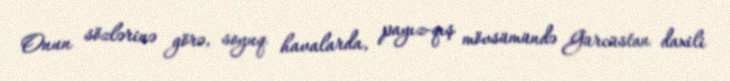
Onun sözlərinə görə, soyuq havalarda, payız-qış mövsümündə Gürcüstan daxili